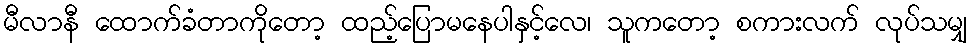
မီလာနီ ထောက်ခံတာကိုတော့ ထည့်ပြောမနေပါနှင့်လေ၊ သူကတော့ စကားလက် လုပ်သမျှ